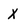
Character: X